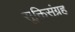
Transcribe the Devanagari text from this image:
सूक्तिसंग्रह